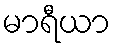
မာရီယာ